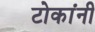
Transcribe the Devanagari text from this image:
टोकांनी